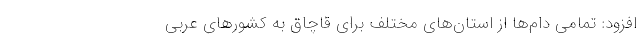
افزود: تمامی دام‌ها از استان‌های مختلف برای قاچاق به کشورهای عربی